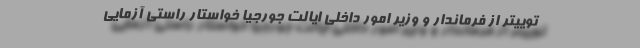
توییتر از فرماندار و وزیر امور داخلی ایالت جورجیا خواستار راستی آزمایی